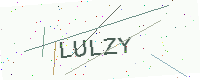
Text: LULZY